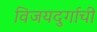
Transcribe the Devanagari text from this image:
विजयदुर्गाची